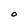
Character: O